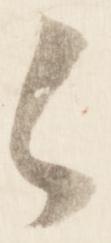
々